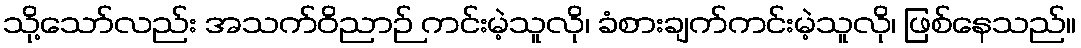
သို့သော်လည်း အသက်ဝိညာဉ် ကင်းမဲ့သူလို၊ ခံစားချက်ကင်းမဲ့သူလို၊ ဖြစ်နေသည်။